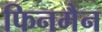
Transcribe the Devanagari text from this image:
फिनमैन